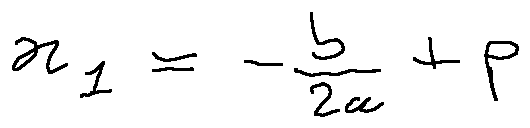
x _ { 1 } = - \frac { b } { 2 a } + p